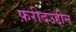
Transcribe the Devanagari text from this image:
फ़रीदउद्दीन